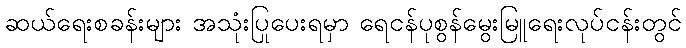
ဆယ်ရေးစခန်းများ အသုံးပြုပေးရမှာ ရေငန်ပုစွန်မွေးမြူရေးလုပ်ငန်းတွင်